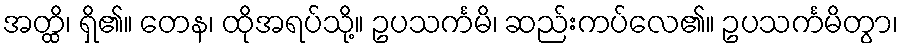
အတ္ထိ၊ ရှိ၏။ တေန၊ ထိုအရပ်သို့။ ဥပသင်္ကမိ၊ ဆည်းကပ်လေ၏။ ဥပသင်္ကမိတွာ၊